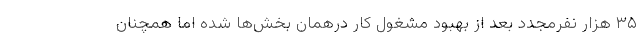
۳۵ هزار نفرمجدد بعد از بهبود مشغول کار درهمان بخش‌ها شده اما همچنان